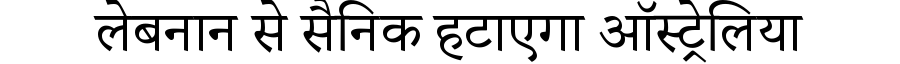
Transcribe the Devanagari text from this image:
लेबनान से सैनिक हटाएगा ऑस्ट्रेलिया